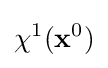
\chi ^{1}({\bf {x}}^{0})